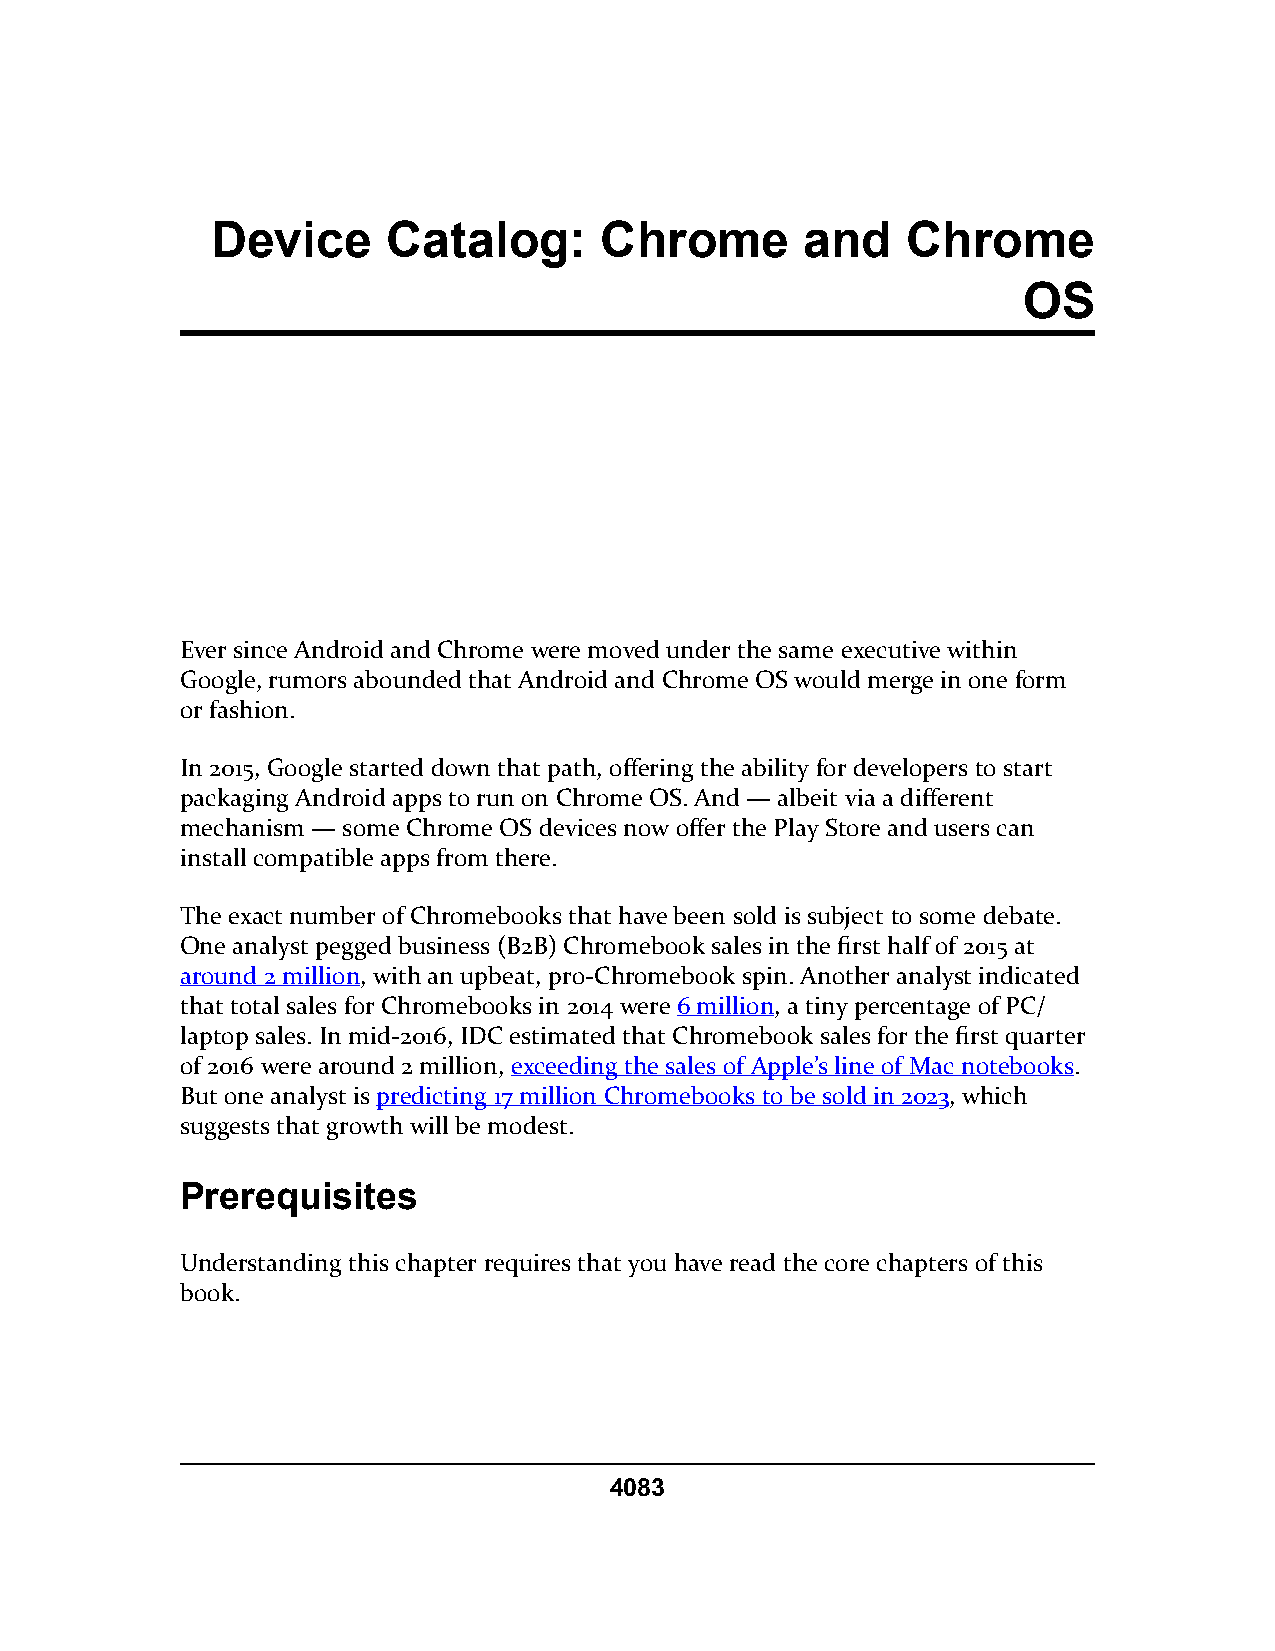
Device      Catalog:      Chrome       and    Chrome
 OS
 Ever since Android and Chrome were moved under the same executive within
 Google, rumors abounded that Android and Chrome OS would merge in one form
 or fashion.
 In 2015, Google started down that path, offering the ability for developers to start
 packaging Android apps to run on Chrome OS. And — albeit via a different
 mechanism — some Chrome OS devices now offer the Play Store and users can
 install compatible apps from there.
 The exact number of Chromebooks that have been sold is subject to some debate.
 One analyst pegged business (B2B) Chromebook sales in the first half of 2015 at
 around 2 million, with an upbeat, pro-Chromebook spin. Another analyst indicated
 that total sales for Chromebooks in 2014 were 6 million, a tiny percentage of PC/
 laptop sales. In mid-2016, IDC estimated that Chromebook sales for the first quarter
 of 2016 were around 2 million, exceeding the sales of Apple’s line of Mac notebooks.
 But one analyst is predicting 17 million Chromebooks to be sold in 2023, which
 suggests that growth will be modest.
 Prerequisites
 Understanding this chapter requires that you have read the core chapters of this
 book.
 4083